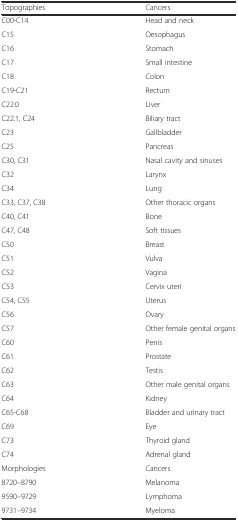
| Topographies | Cancers |
 | --- | --- |
 | C00-C14 | Head and neck |
 | C15 | Oesophagus |
 | C16 | Stomach |
 | C17 | Small intestine |
 | C18 | Colon |
 | C19-C21 | Rectum |
 | C22.0 | Liver |
 | C22.1, C24 | Biliary tract |
 | C23 | Gallbladder |
 | C25 | Pancreas |
 | C30, C31 | Nasal cavity and sinuses |
 | C32 | Larynx |
 | C34 | Lung |
 | C33, C37, C38 | Other thoracic organs |
 | C40, C41 | Bone |
 | C47, C48 | Soft tissues |
 | C50 | Breast |
 | C51 | Vulva |
 | C52 | Vagina |
 | C53 | Cervix uteri |
 | C54, C55 | Uterus |
 | C56 | Ovary |
 | C57 | Other female genital organs |
 | C60 | Penis |
 | C61 | Prostate |
 | C62 | Testis |
 | C63 | Other male genital organs |
 | C64 | Kidney |
 | C65-C68 | Bladder and urinary tract |
 | C69 | Eye |
 | C73 | Thyroid gland |
 | C74 | Adrenal gland |
 | Morphologies | Cancers |
 | 8720–8790 | Melanoma |
 | 9590–9729 | Lymphoma |
 | 9731–9734 | Myeloma |